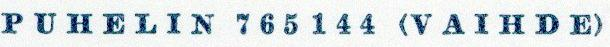
PUHELIN 765144 (VAIHDE)